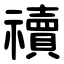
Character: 䄣